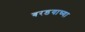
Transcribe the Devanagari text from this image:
बरडयाच्या